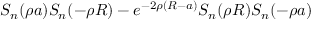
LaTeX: S _ { n } ( \rho a ) S _ { n } ( - \rho R ) - e ^ { - 2 \rho ( R - a ) } S _ { n } ( \rho R ) S _ { n } ( - \rho a )